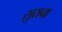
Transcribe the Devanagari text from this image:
सुराचा